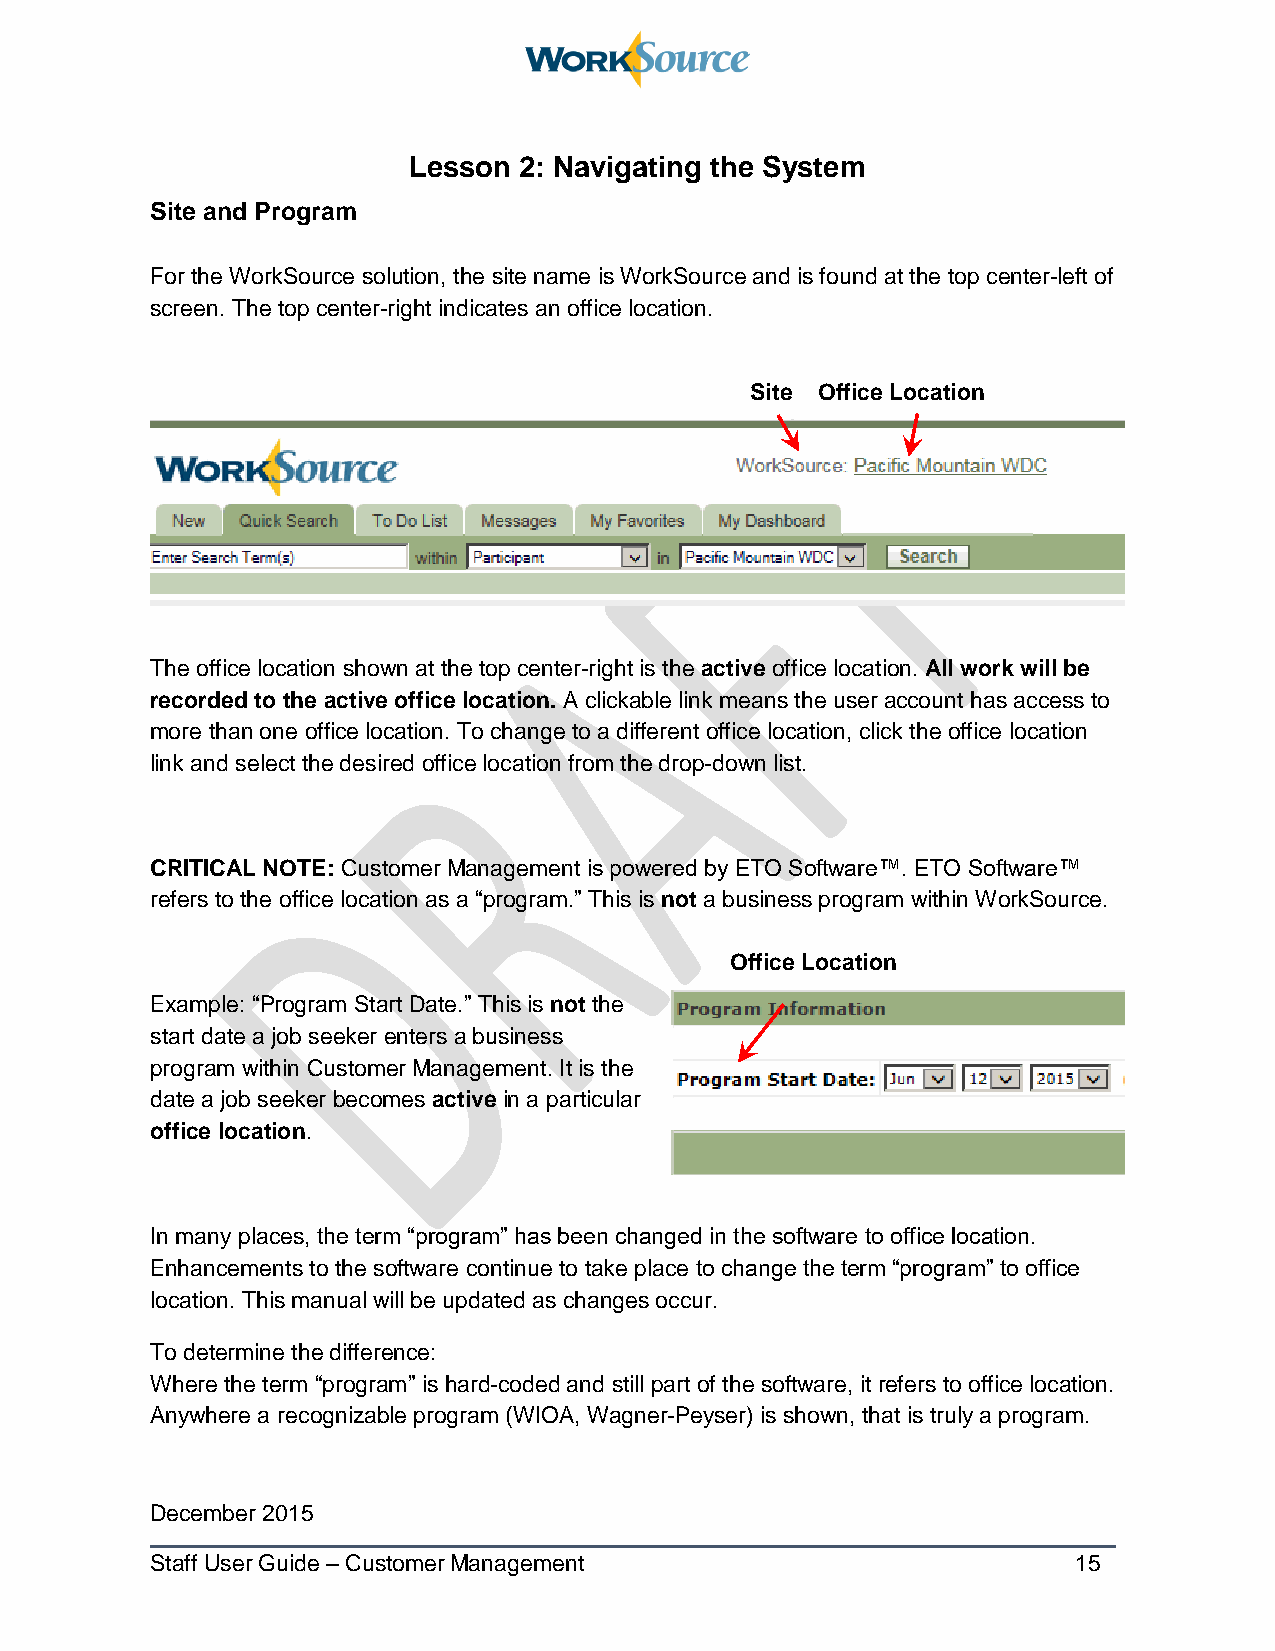
Lesson 2: Navigating the System
 Site and Program
 For the WorkSource solution, the site name is WorkSource and is found at the top center-left of
 screen. The top center-right indicates an office location.
 Site Office Location
 The office location shown at the top center-right is the active office location. All work will be
 recorded to the active office location. A clickable link means the user account has access to
 more than one office location. To change to a different office location, click the office location
 link and select the desired office location from the drop-down list.
 CRITICAL NOTE: Customer Management is powered by ETO Software™. ETO Software™
 refers to the office location as a “program.” This is not a business program within WorkSource.
 Office Location
 Example: “Program Start Date.” This is not the
 start date a job seeker enters a business
 program within Customer Management. It is the
 date a job seeker becomes active in a particular
 office location.
 In many places, the term “program” has been changed in the software to office location.
 Enhancements to the software continue to take place to change the term “program” to office
 location. This manual will be updated as changes occur.
 To determine the difference:
 Where the term “program” is hard-coded and still part of the software, it refers to office location.
 Anywhere a recognizable program (WIOA, Wagner-Peyser) is shown, that is truly a program.
 December 2015
 Staff User Guide – Customer Management                       15